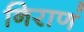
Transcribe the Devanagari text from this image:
निराणं